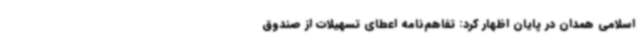
اسلامی همدان در پایان اظهار کرد: تفاهم‌نامه اعطای تسهیلات از صندوق